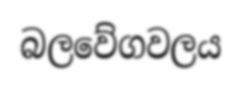
බලවේගවලය